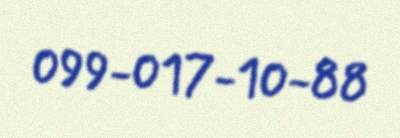
099-017-10-88